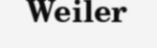
Weiler